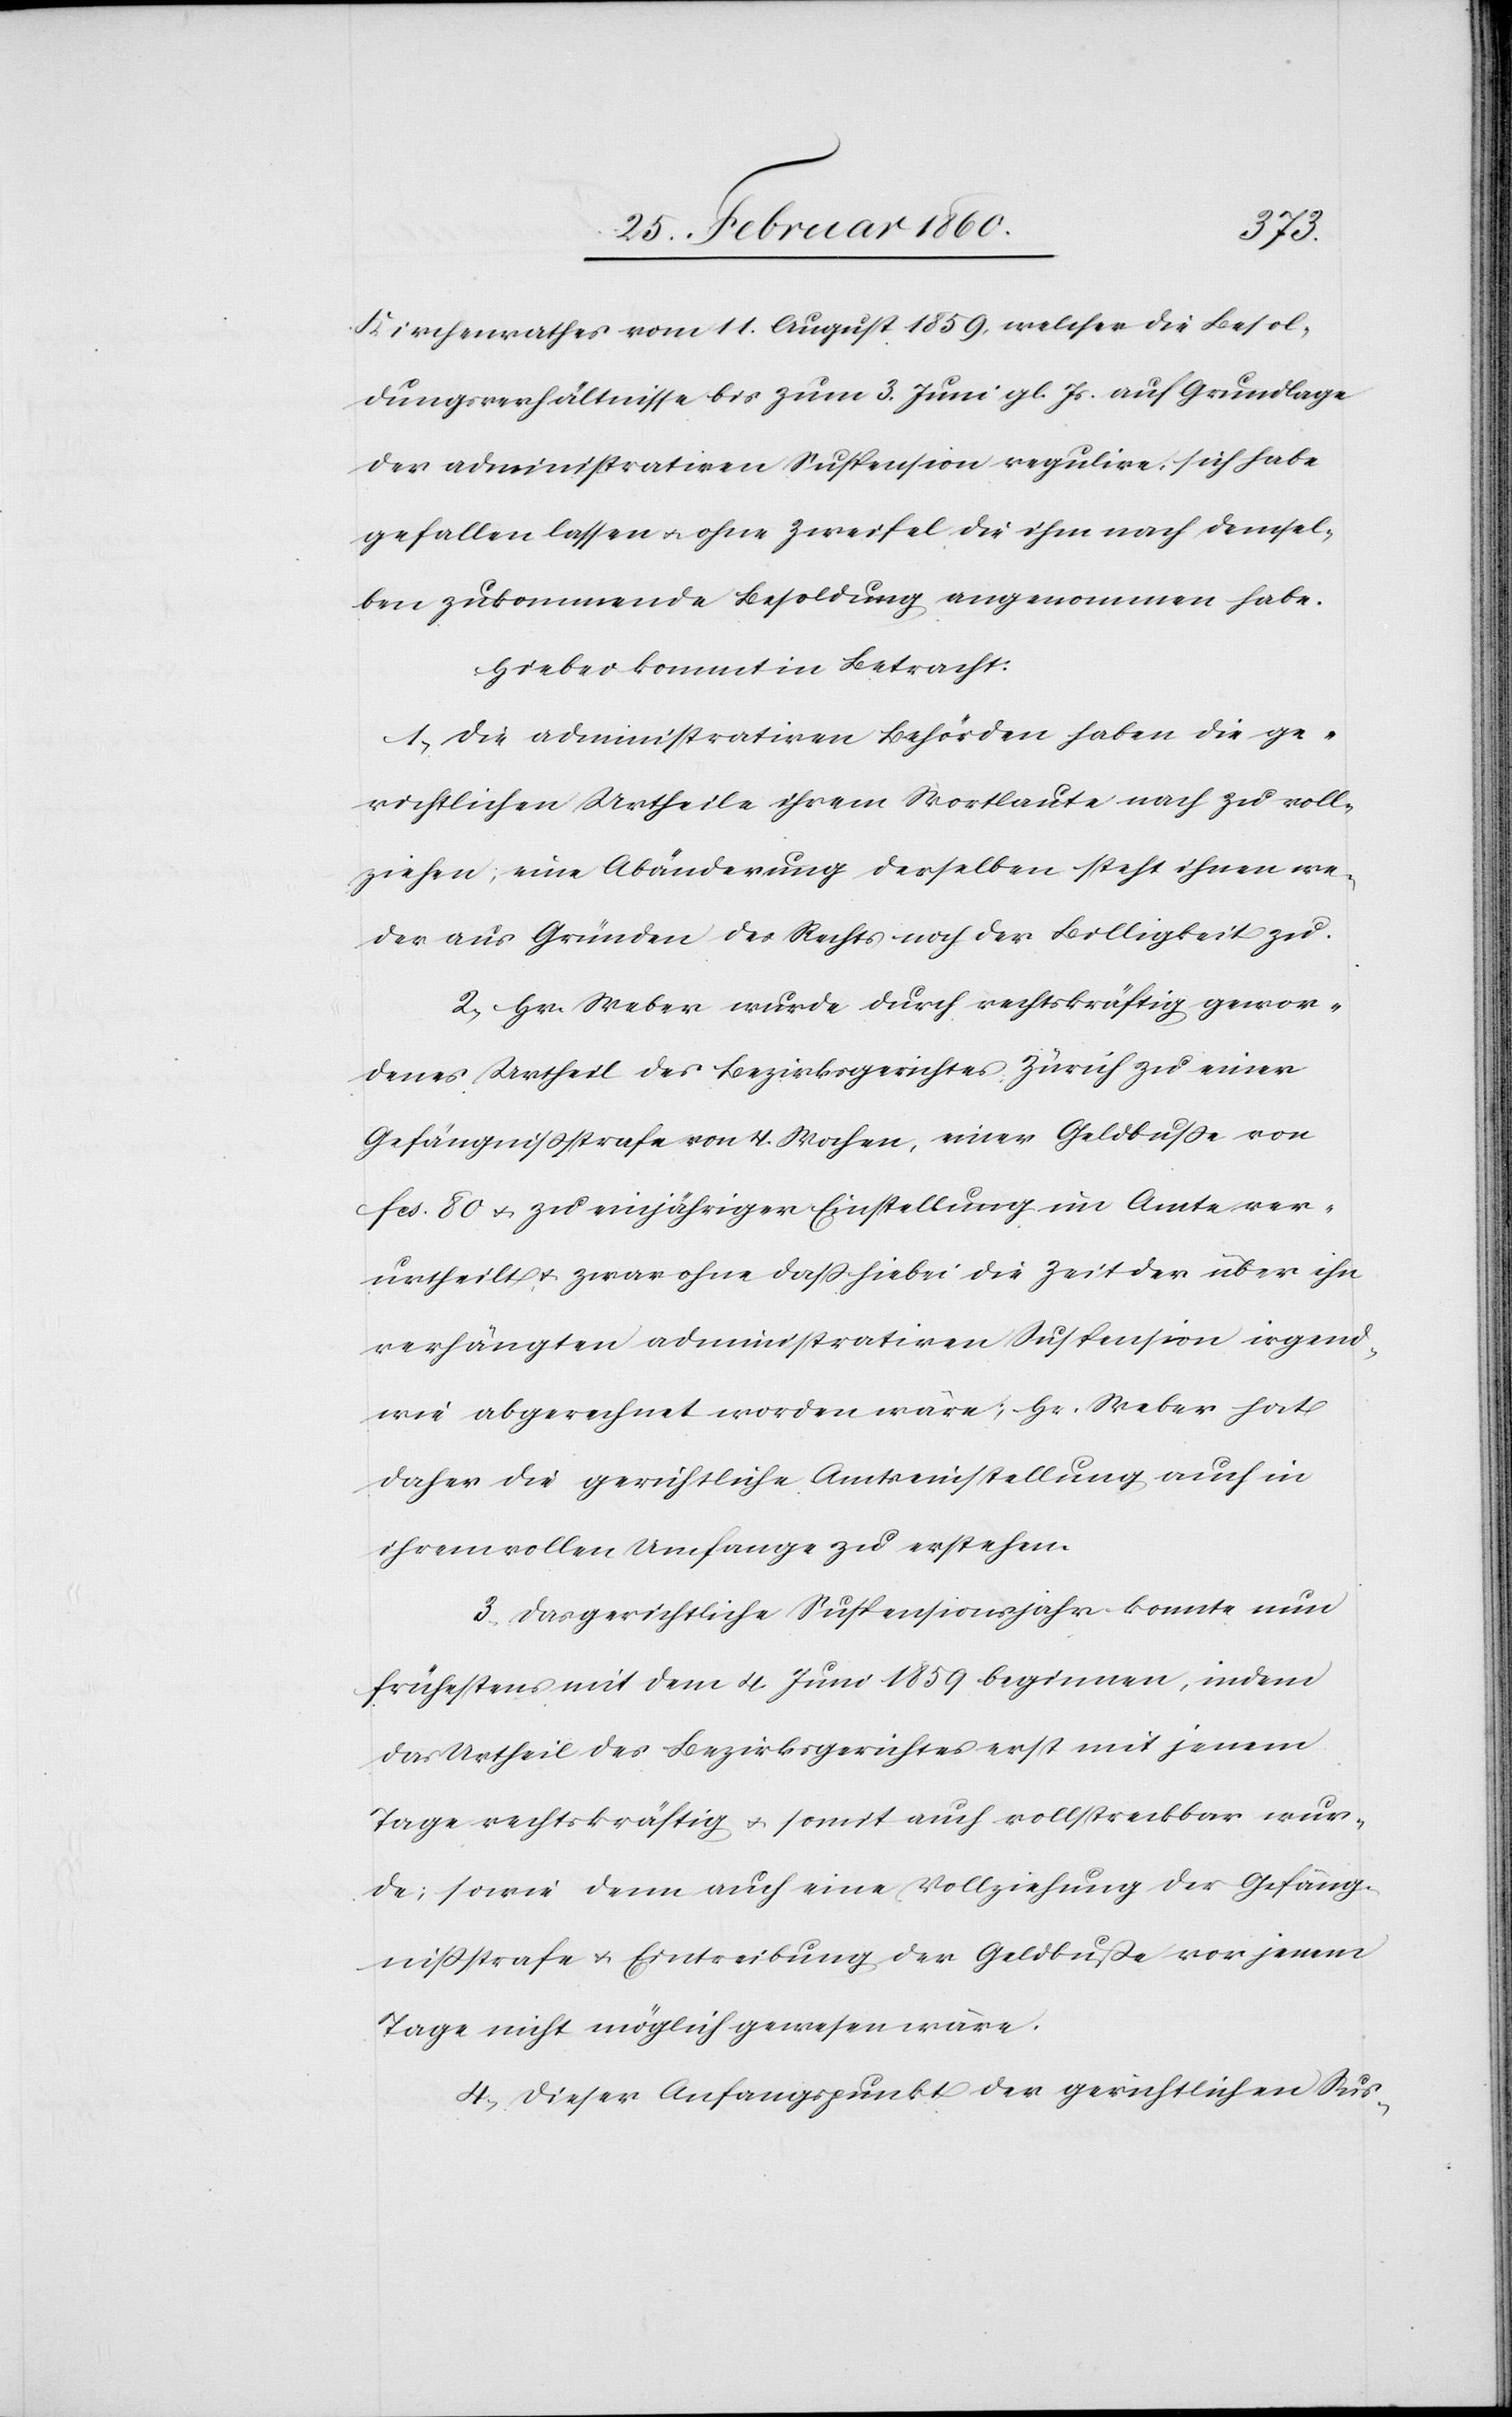
Kirchenrathes vom 11. August 1859, welcher die Besol¬
dungsverhältnisse bis zum 3. Juni gl. Js. auf Grundlage
der administrativen Suspension regulire, sich habe
gefallen lassen u. ohne Zweifel die ihm nach demsel¬
ben zukommende Besoldung angenommen habe.
Hiebei kommt in Betracht:
1. Die administrativen Behörden haben die ge¬
richtlichen Urtheile ihrem Wortlaute nach zu voll¬
ziehen, eine Abänderung derselben steht ihnen we¬
der aus Gründen des Rechts noch der Billigkeit zu.
2. Hr. Weber wurde durch rechtskräftig gewor¬
denes Urtheil des Bezirksgerichtes Zürich zu einer
Gefängnisstrafe von 4 Wochen, einer Geldbusse von
fcs. 80. u. zu einjähriger Einstellung im Amte ver¬
urtheilt u. zwar ohne dass hiebei die Zeit der über ihn
verhängten administrativen Suspension irgend¬
wie angerechnet worden wäre; Hr. Weber hat
daher die gerichtliche Amtseinstellung auch in
ihrem vollen Umfange zu erstehen.
3. Das gerichtliche Suspensionsjahr konnte nun
frühestens mit dem 4. Juni 1859 beginnen, indem
das Urtheil des Bezirksgerichtes erst mit jenem
Tage rechtskräftig u. somit auch vollstreckbar wur¬
de; sowie denn auch eine Vollziehung der Gefäng¬
nissstrafe u. Eintreibung der Geldbusse vor jenem
Tage nicht möglich gewesen wäre.
4. Dieser Anfangspunkt der gerichtlichen Sus-